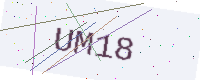
Text: UM18